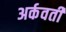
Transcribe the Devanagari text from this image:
अर्कवती